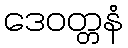
ဒေဝတ္တနံ